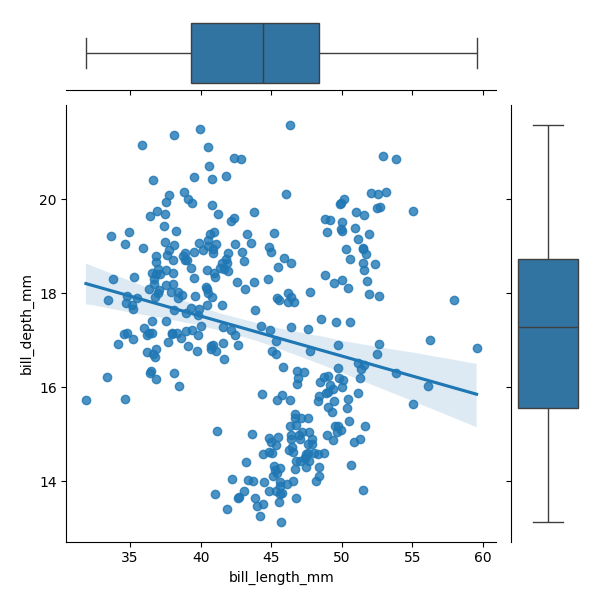
python, seaborn, JointGrid, regplot, boxplot